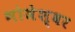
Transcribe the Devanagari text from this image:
भोजेश्‍वर